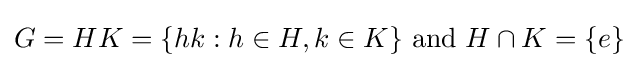
G=HK=\{hk:h\in H,k\in K\}{\text{ and }}H\cap K=\{e\}